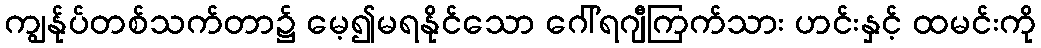
ကျွန်ုပ်တစ်သက်တာ၌ မေ့၍မရနိုင်သော ဂေါ်ရဂျီကြက်သား ဟင်းနှင့် ထမင်းကို